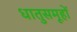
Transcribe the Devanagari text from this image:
धातुसमूहों